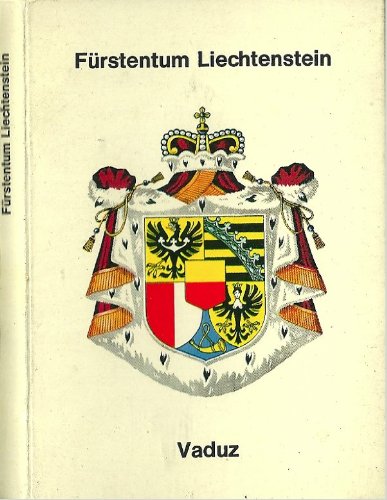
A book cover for FURSTENTUM LIECHTENSTEIN, VADUZ; Travel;